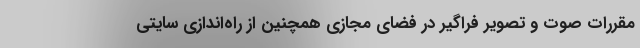
مقررات صوت و تصویر فراگیر در فضای مجازی همچنین از راه‌اندازی سایتی